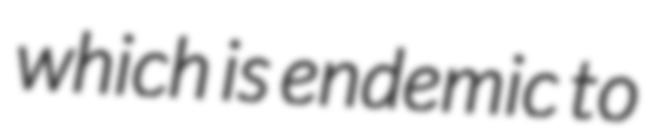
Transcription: which is endemic to